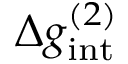
\Delta g _ { \mathrm { i n t } } ^ { ( 2 ) }